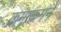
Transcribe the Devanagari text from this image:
क्रमाक्रमने